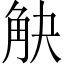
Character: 觖